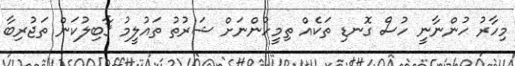
މިހާރު ހުންނާނީ ހުސް ގޮނޑި ތަކެއް ތިމީހުންނަށް ޝަރުތު ތައުލީމު ޤާބިލުކަން ތަޖުރިބާ